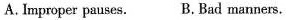
A. Improper pauses. B. Bad manners.